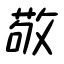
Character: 敬